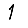
Digit: 1